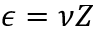
\epsilon = \nu Z